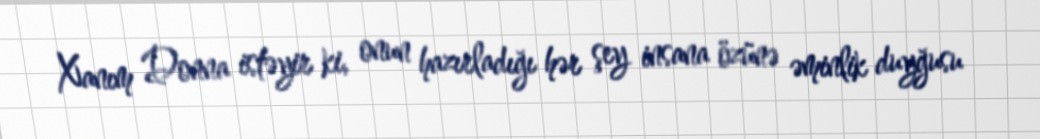
Xanım Donna istəyir ki, onun hazırladığı hər şey insana özünə əminlik duyğusu